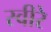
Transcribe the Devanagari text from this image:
स्वीरे